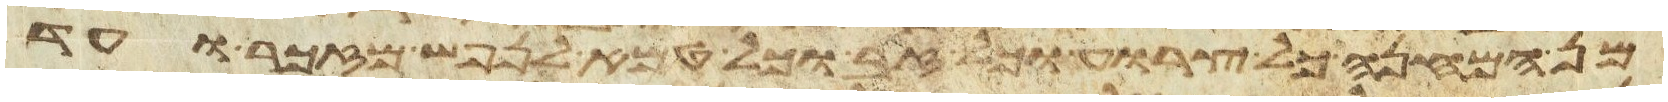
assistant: מן המחנה כל צרוע וכל זב וכל טמא לנפש מזכר ועד